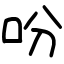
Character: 吩